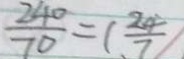
\frac { 2 4 0 } { 7 0 } = ( \frac { 2 4 } { 7 } )